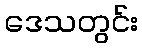
ဒေသတွင်း